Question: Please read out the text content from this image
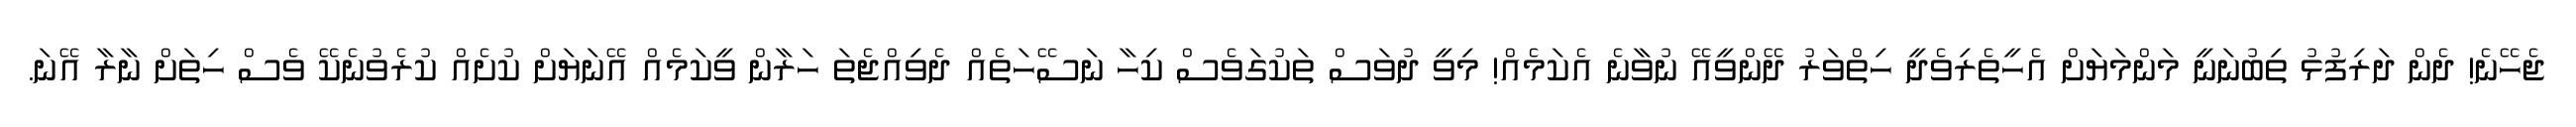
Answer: ޖެހޭނެ! ދެން ދަރިފުޅު ތިބުނަނީ މަންމަޔަށް އެހީތެރިވެދީ ހިތްވަރު ދޭންވީއޭ ނުވާނެ އެކަމެއް! މިވީ ދުވަސް ތަކުގަވެސް ކިހާ ނަސޭހަތެއް ދެވިއްޖެތަ ހަރާން ވީކަމެއް އޭނަޔަށް ކުށެއް ކުރެވުނެކޭ ވެސް ހިތަށް ނާރާ އޭނަ.